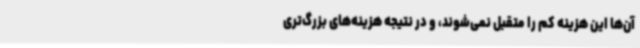
آن‌ها این هزینه کم را متقبل نمی‌شوند، و در نتیجه هزینه‌های بزرگ‌تری